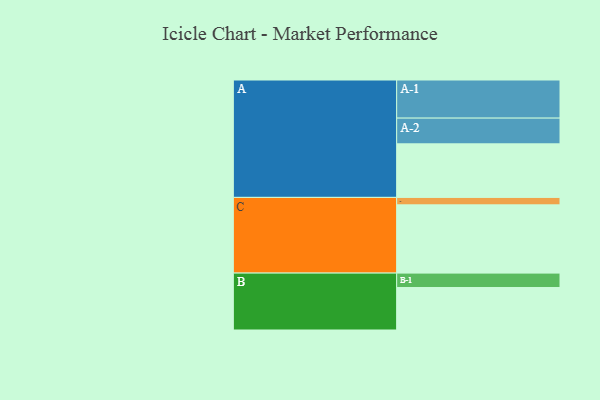
{"axis": {"x": "Segment", "y": "Value"}, "legend": ["", "A", "B", "C"], "data": [{"x": "A", "y": 402, "type": ""}, {"x": "B", "y": 319, "type": ""}, {"x": "C", "y": 512, "type": ""}, {"x": "A-1", "y": 286, "type": "A"}, {"x": "A-2", "y": 193, "type": "A"}, {"x": "B-1", "y": 108, "type": "B"}, {"x": "C-1", "y": 56, "type": "C"}]}